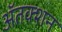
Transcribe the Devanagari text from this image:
ॲतक्शन